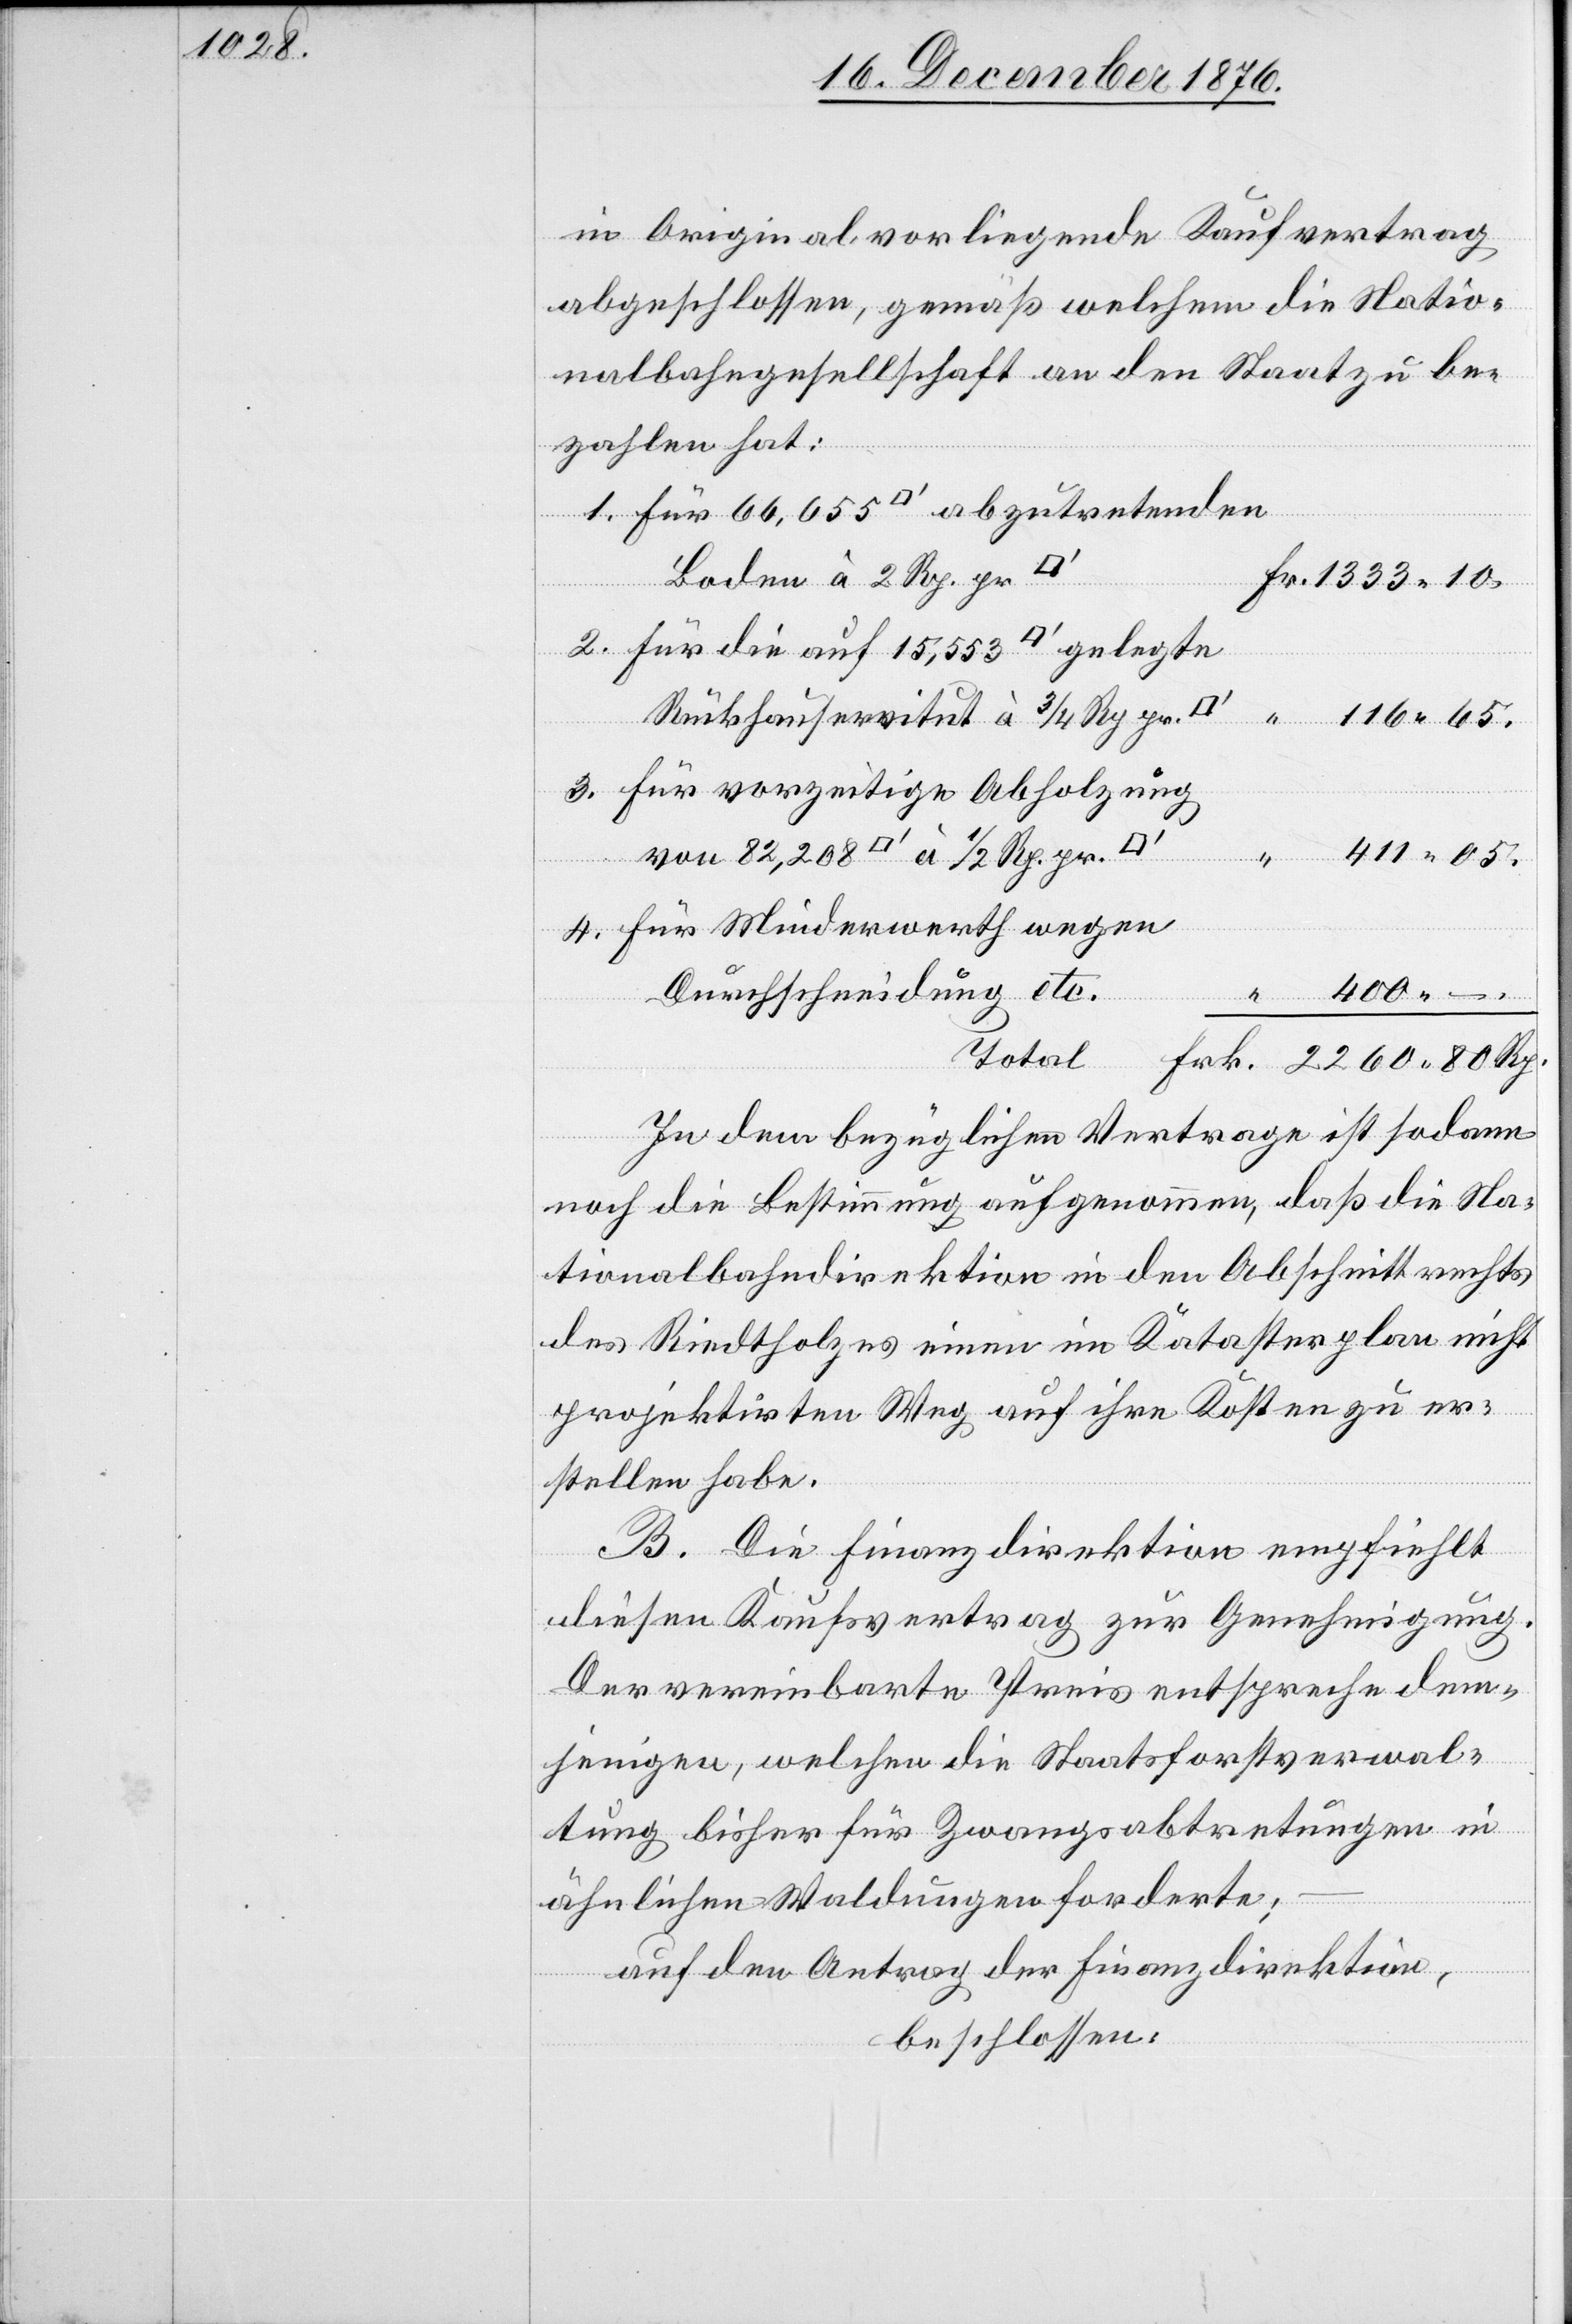
in Original vorliegende Kaufvertrag
abgeschlossen, gemäß welchem die Natio¬
nalbahngesellschaft an den Staat zu be¬
zahlen hat:
Boden à 2 Rp. pr.
Rückhauservitut à 3/4 Rp. pr.
Für vorzeitige Abholzung
–.
wegen
Durchschneidung etc.
400
4.
rwerth
In dem bezüglichen Vertrage ist sodann
noch die Bestimmung aufgenommen, daß die Na¬
tionalbahndirektion in den Abschnitt rechts
des Riedtholzes [sic!] einen im Katasterplan nicht
projektirten Weg auf ihre Kosten zu er¬
stellen habe.
B. Die Finanzdirektion empfiehlt
diesen Kaufsvertrag zur Genehmigung.
Der vereinbarte Preis entspreche dem¬
jenigen, welchen die Staatsverwal¬
tung bisher für Zwangsabtretungen in
ähnlichen Waldungen forderte;
auf den Antrag der Finanzdirektion,
beschlossen:

pr.